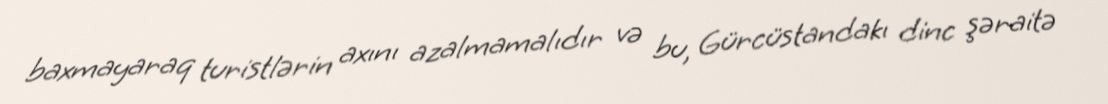
baxmayaraq turistlərin axını azalmamalıdır və bu, Gürcüstandakı dinc şəraitə